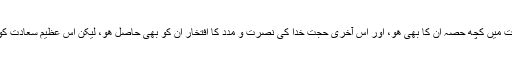
منتظرین کی آخری آرزو یہ ھے کہ امام مھدی علیہ السلام کی عالمی عدل کی حکومت میں کچھ حصہ ان کا بھی ھو، اور اس آخری حجت خدا کی نصرت و مدد کا افتخار ان کو بھی حاصل ھو، لیکن اس عظیم سعادت کو حاصل کرنا خود سازی اور اخلاقی صفات سے آراستہ ھوئے بغیر ممکن نھیں ھے۔